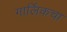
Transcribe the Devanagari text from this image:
गार्लिकचा